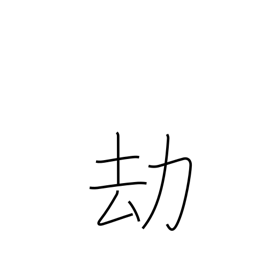
Meaning: long ages